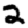
Digit: 2